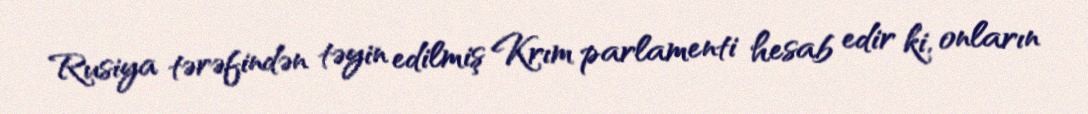
Rusiya tərəfindən təyin edilmiş Krım parlamenti hesab edir ki, onların